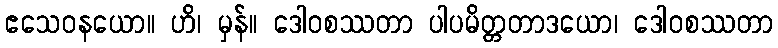
ဧသေဝနယော။ ဟိ၊ မှန်။ ဒေါဝစဿတာ ပါပမိတ္တတာဒယော၊ ဒေါဝစဿတာ